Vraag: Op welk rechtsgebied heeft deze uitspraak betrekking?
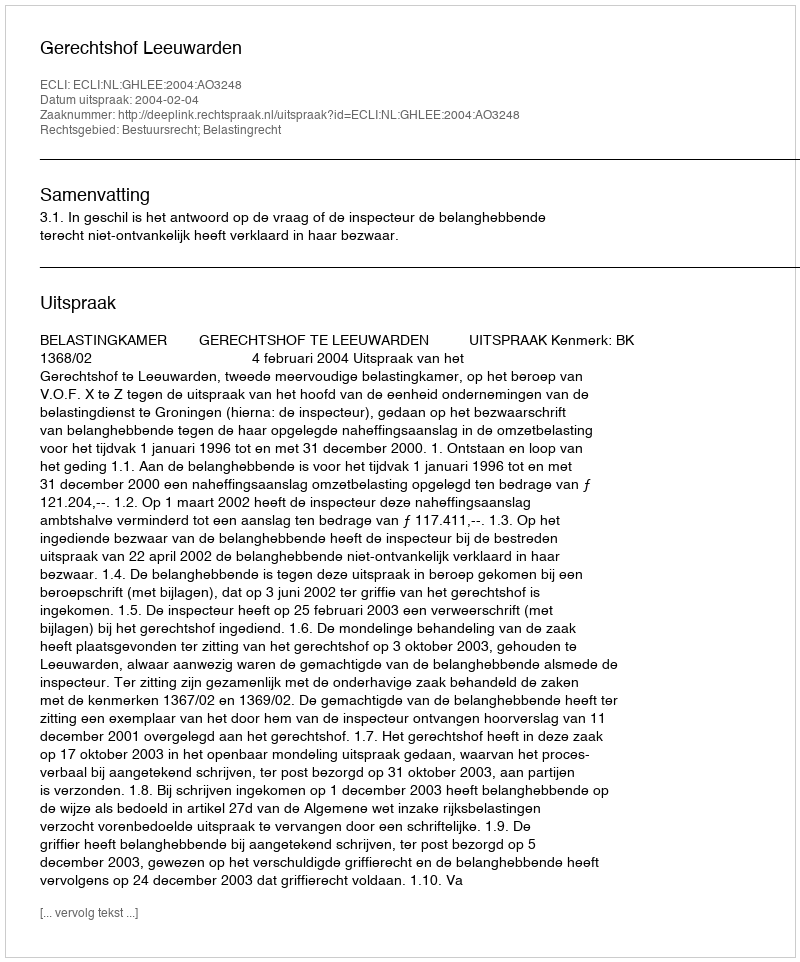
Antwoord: Bestuursrecht; Belastingrecht